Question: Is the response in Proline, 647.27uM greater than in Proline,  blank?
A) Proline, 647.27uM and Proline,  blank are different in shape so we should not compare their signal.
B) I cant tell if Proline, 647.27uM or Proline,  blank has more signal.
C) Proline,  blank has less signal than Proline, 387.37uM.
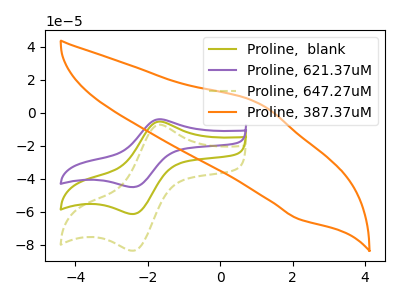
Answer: <think>The olive curve "Proline,  blank" has an anodic peak at (-1.65V, -5.30uA) and a cathodic peak at (-2.35V, -61.10uA). The purple curve "Proline, 621.37uM" has an anodic peak at (-1.65V, -10.60uA) and a cathodic peak at (-2.35V, -122.25uA). The olive dashed curve "Proline, 647.27uM" has an anodic peak at (-1.65V, -7.20uA) and a cathodic peak at (-2.35V, -83.25uA). The orange curve "Proline, 387.37uM" has an anodic peak at (1.05V, 5.75uA) and a cathodic peak at (2.15V, -64.35uA).
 All the peaks in "Proline, 647.27uM" have a peak in "Proline,  blank" at the same potential.</think>
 <answer>B) I cant tell if "Proline, 647.27uM" or "Proline,  blank" has more signal.</answer>
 <eval>B</eval>